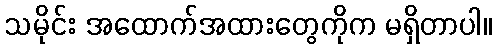
သမိုင်း အထောက်အထားတွေကိုက မရှိတာပါ။